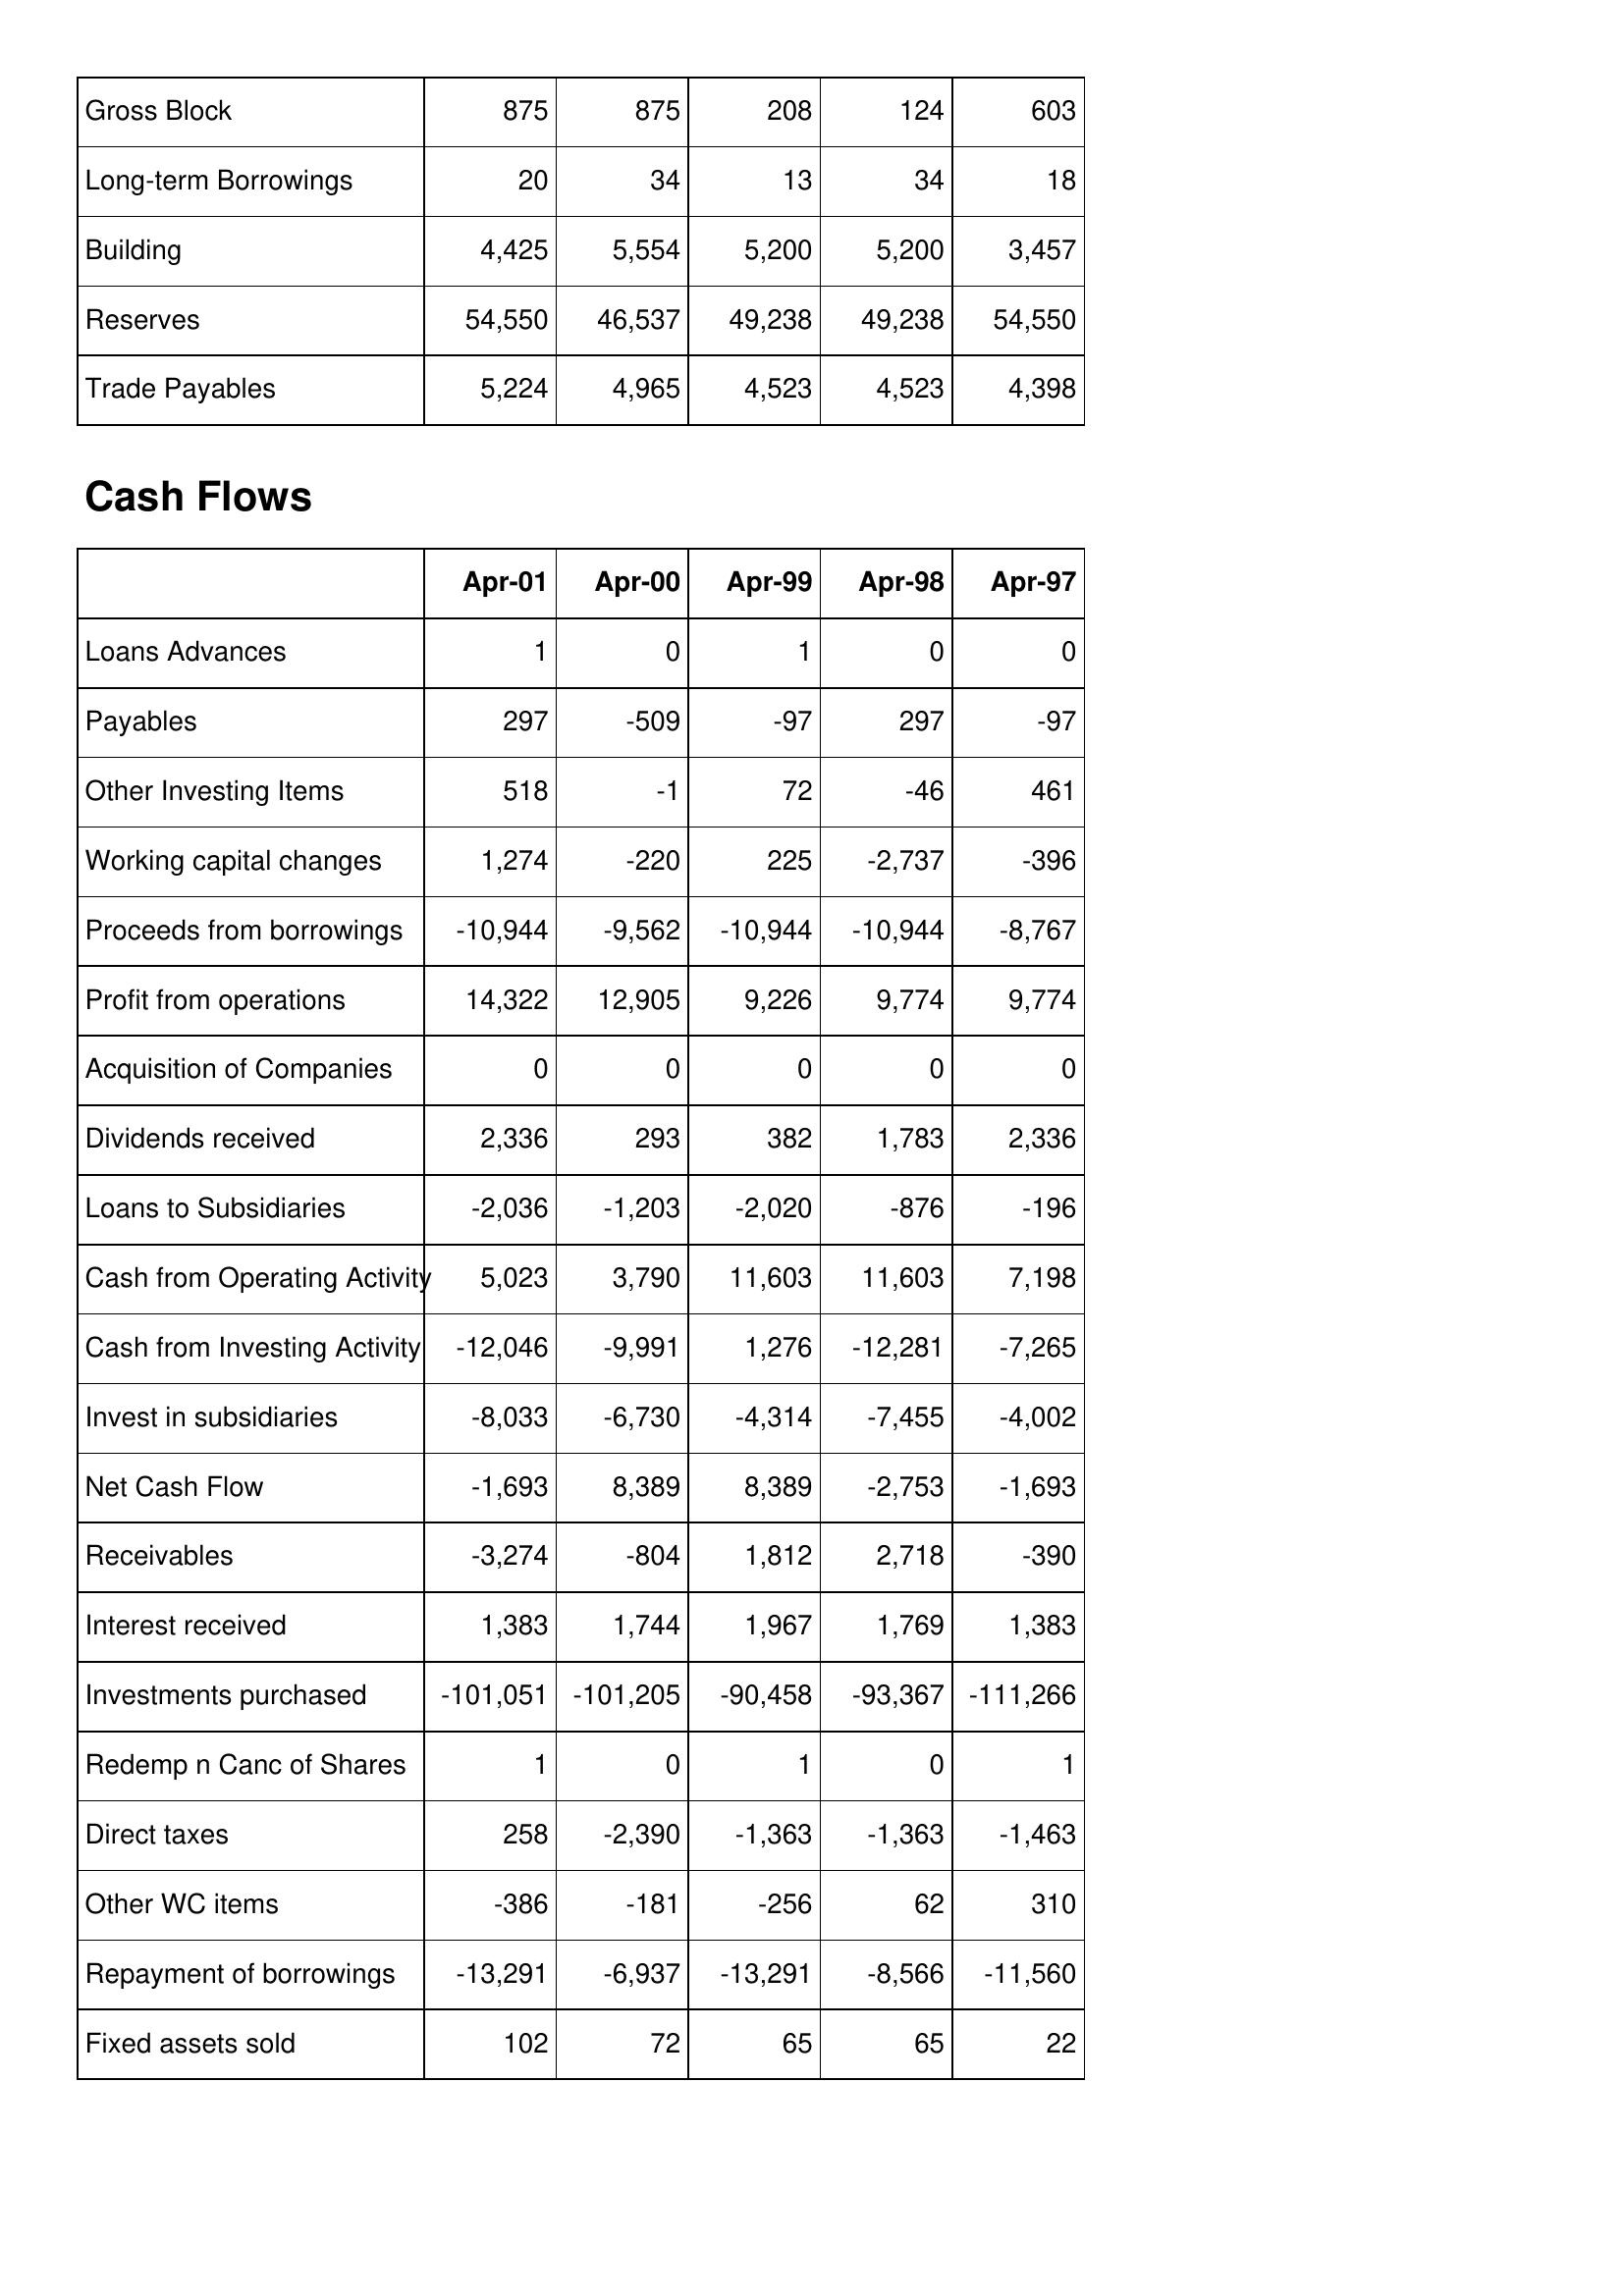
Apr-01: Balance Sheet: Gross Block: 875
Long-term Borrowings: 20
Building: 4,425
Reserves: 54,550
Trade Payables: 5,224
Cash Flows: Loans Advances: 1
Payables: 297
Other Investing Items: 518
Working capital changes: 1,274
Proceeds from borrowings: -10,944
Profit from operations: 14,322
Acquisition of Companies: 0
Dividends received: 2,336
Loans to Subsidiaries: -2,036
Cash from Operating Activity: 5,023
Cash from Investing Activity: -12,046
Invest in subsidiaries: -8,033
Net Cash Flow: -1,693
Receivables: -3,274
Interest received: 1,383
Investments purchased: -101,051
Redemp n Canc of Shares: 1
Direct taxes: 258
Other WC items: -386
Repayment of borrowings: -13,291
Fixed assets sold: 102
Apr-00: Balance Sheet: Gross Block: 875
Long-term Borrowings: 34
Building: 5,554
Reserves: 46,537
Trade Payables: 4,965
Cash Flows: Loans Advances: 0
Payables: -509
Other Investing Items: -1
Working capital changes: -220
Proceeds from borrowings: -9,562
Profit from operations: 12,905
Acquisition of Companies: 0
Dividends received: 293
Loans to Subsidiaries: -1,203
Cash from Operating Activity: 3,790
Cash from Investing Activity: -9,991
Invest in subsidiaries: -6,730
Net Cash Flow: 8,389
Receivables: -804
Interest received: 1,744
Investments purchased: -101,205
Redemp n Canc of Shares: 0
Direct taxes: -2,390
Other WC items: -181
Repayment of borrowings: -6,937
Fixed assets sold: 72
Apr-99: Balance Sheet: Gross Block: 208
Long-term Borrowings: 13
Building: 5,200
Reserves: 49,238
Trade Payables: 4,523
Cash Flows: Loans Advances: 1
Payables: -97
Other Investing Items: 72
Working capital changes: 225
Proceeds from borrowings: -10,944
Profit from operations: 9,226
Acquisition of Companies: 0
Dividends received: 382
Loans to Subsidiaries: -2,020
Cash from Operating Activity: 11,603
Cash from Investing Activity: 1,276
Invest in subsidiaries: -4,314
Net Cash Flow: 8,389
Receivables: 1,812
Interest received: 1,967
Investments purchased: -90,458
Redemp n Canc of Shares: 1
Direct taxes: -1,363
Other WC items: -256
Repayment of borrowings: -13,291
Fixed assets sold: 65
Apr-98: Balance Sheet: Gross Block: 124
Long-term Borrowings: 34
Building: 5,200
Reserves: 49,238
Trade Payables: 4,523
Cash Flows: Loans Advances: 0
Payables: 297
Other Investing Items: -46
Working capital changes: -2,737
Proceeds from borrowings: -10,944
Profit from operations: 9,774
Acquisition of Companies: 0
Dividends received: 1,783
Loans to Subsidiaries: -876
Cash from Operating Activity: 11,603
Cash from Investing Activity: -12,281
Invest in subsidiaries: -7,455
Net Cash Flow: -2,753
Receivables: 2,718
Interest received: 1,769
Investments purchased: -93,367
Redemp n Canc of Shares: 0
Direct taxes: -1,363
Other WC items: 62
Repayment of borrowings: -8,566
Fixed assets sold: 65
Apr-97: Balance Sheet: Gross Block: 603
Long-term Borrowings: 18
Building: 3,457
Reserves: 54,550
Trade Payables: 4,398
Cash Flows: Loans Advances: 0
Payables: -97
Other Investing Items: 461
Working capital changes: -396
Proceeds from borrowings: -8,767
Profit from operations: 9,774
Acquisition of Companies: 0
Dividends received: 2,336
Loans to Subsidiaries: -196
Cash from Operating Activity: 7,198
Cash from Investing Activity: -7,265
Invest in subsidiaries: -4,002
Net Cash Flow: -1,693
Receivables: -390
Interest received: 1,383
Investments purchased: -111,266
Redemp n Canc of Shares: 1
Direct taxes: -1,463
Other WC items: 310
Repayment of borrowings: -11,560
Fixed assets sold: 22